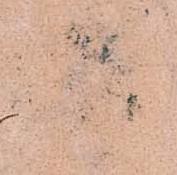
兵